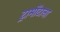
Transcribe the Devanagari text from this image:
ट्रामोंटाना